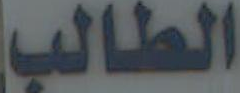
الطالب